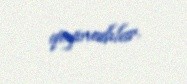
qoymadılar.